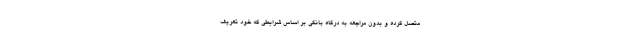
متصل کرده و بدون مراجعه به درگاه بانکی بر اساس شرایطی که خود تعریف